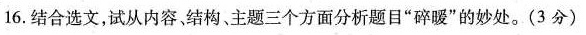
16.结合选文，试从内容，结构，主题三个方面分析题目”碎暖”的妙处。(3分)